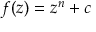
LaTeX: f ( z ) = z ^ { n } + c